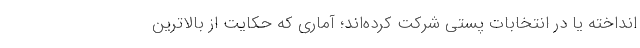
انداخته‌ یا در انتخابات پستی شرکت کرده‌اند؛ آماری که حکایت از بالاترین